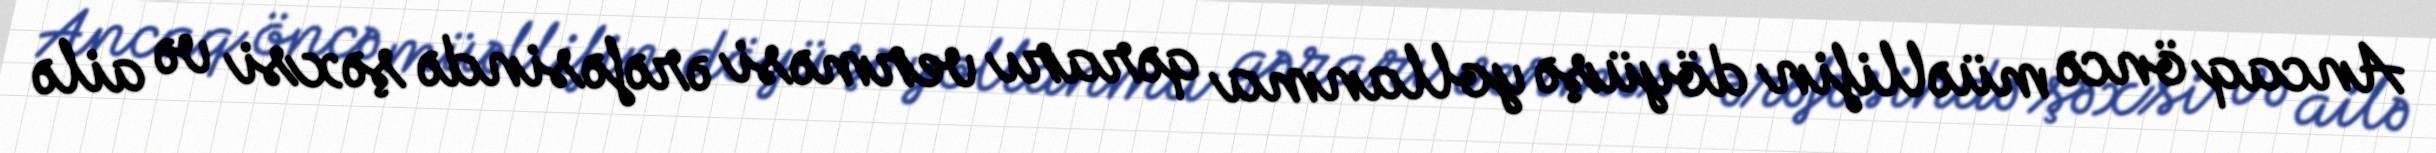
Ancaq öncə müəllifin döyüşə yollanma qərarı verməsi ərəfəsində şəxsi və ailə